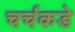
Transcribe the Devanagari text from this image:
चर्चकडे